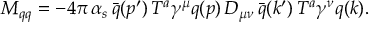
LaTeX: { \cal M } _ { q q } = - 4 \pi \, \alpha _ { s } \, { \bar { q } } ( p ^ { \prime } ) \, T ^ { a } \gamma ^ { \mu } q ( p ) \, D _ { \mu \nu } \, { \bar { q } } ( k ^ { \prime } ) \, T ^ { a } \gamma ^ { \nu } q ( k ) .